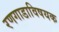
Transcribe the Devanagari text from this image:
रणगाडाविषयक